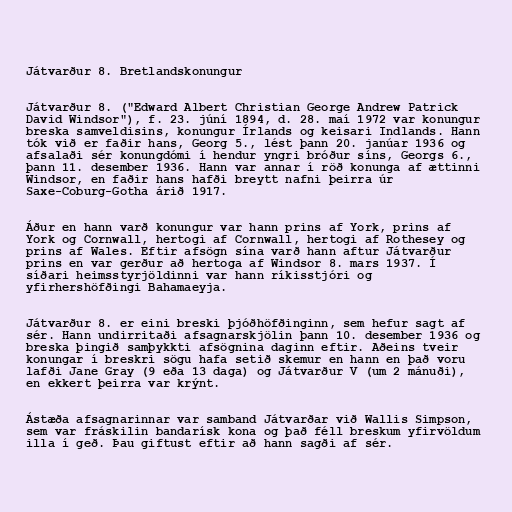
Játvarður 8. Bretlandskonungur

Játvarður 8. ("Edward Albert Christian George Andrew Patrick
David Windsor"), f. 23. júní 1894, d. 28. maí 1972 var konungur
breska samveldisins, konungur Írlands og keisari Indlands. Hann
tók við er faðir hans, Georg 5., lést þann 20. janúar 1936 og
afsalaði sér konungdómi í hendur yngri bróður síns, Georgs 6.,
þann 11. desember 1936. Hann var annar í röð konunga af ættinni
Windsor, en faðir hans hafði breytt nafni þeirra úr
Saxe-Coburg-Gotha árið 1917.

Áður en hann varð konungur var hann prins af York, prins af
York og Cornwall, hertogi af Cornwall, hertogi af Rothesey og
prins af Wales. Eftir afsögn sína varð hann aftur Játvarður
prins en var gerður að hertoga af Windsor 8. mars 1937. Í
síðari heimsstyrjöldinni var hann ríkisstjóri og
yfirhershöfðingi Bahamaeyja.

Játvarður 8. er eini breski þjóðhöfðinginn, sem hefur sagt af
sér. Hann undirritaði afsagnarskjölin þann 10. desember 1936 og
breska þingið samþykkti afsögnina daginn eftir. Aðeins tveir
konungar í breskri sögu hafa setið skemur en hann en það voru
lafði Jane Gray (9 eða 13 daga) og Játvarður V (um 2 mánuði),
en ekkert þeirra var krýnt.

Ástæða afsagnarinnar var samband Játvarðar við Wallis Simpson,
sem var fráskilin bandarísk kona og það féll breskum yfirvöldum
illa í geð. Þau giftust eftir að hann sagði af sér.